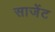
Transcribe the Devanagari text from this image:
साजेंट